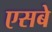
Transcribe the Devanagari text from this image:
एसबे